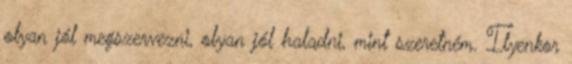
olyan jól megszervezni, olyan jól haladni, mint szeretném. Ilyenkor